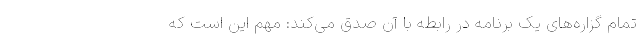
تمام گزاره‌های یک برنامه در رابطه با آن صدق می‌کند: مهم این است که